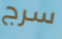
سرج